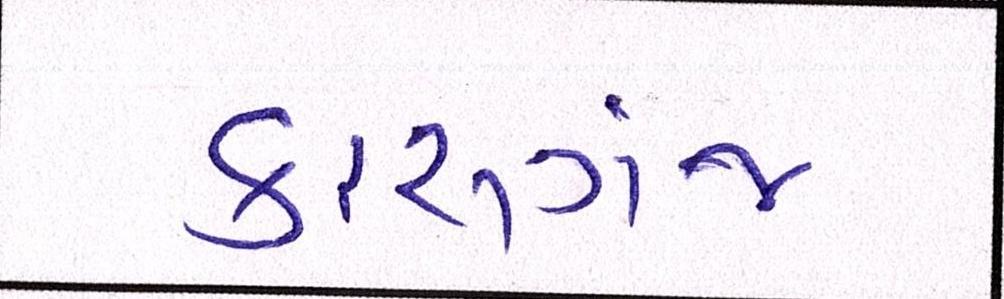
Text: કાસગંજ